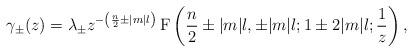
LaTeX: \begin{align*} \gamma_\pm(z) = \lambda_\pm z^{-\left(\frac{n}2 \pm |m|l\right)} \,\mathrm{F} \left(\frac{n}2\pm |m|l, \pm |m|l; 1\pm 2|m|l; \frac1z \right),\end{align*}